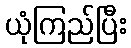
ယုံကြည်ပြီး